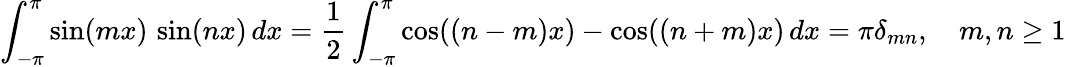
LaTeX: \int_{-\pi}^{\pi}\sin(mx)\, \sin(nx)\, dx={\frac{1}{2}}\int_{-\pi}^{\pi}\cos((n-m)x)-\cos((n+m)x)\, dx=\pi\delta_{mn},\quad m,n\geq 1